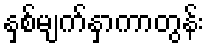
နှစ်မျက်နှာကာတွန်း